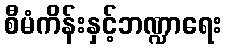
စီမံကိန်းနှင့်ဘဏ္ဍာရေး